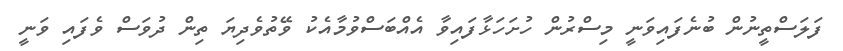
ފަލަސްތީނުން ބުނެފައިވަނީ މިސްރުން ހުށަހަޅާފައިވާ އެއްބަސްވުމާއެކު ވޭތުވެދިޔަ ތިން ދުވަސް ވެފައި ވަނީ